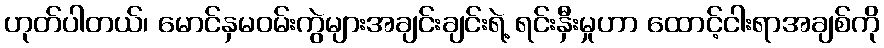
ဟုတ်ပါတယ်၊ မောင်နှမဝမ်းကွဲများအချင်းချင်းရဲ့ ရင်းနှီးမှုဟာ ထောင့်ငါးရာအချစ်ကို